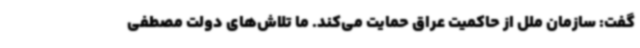
گفت: سازمان ملل از حاکمیت عراق حمایت می‌کند. ما تلاش‌های دولت مصطفی